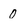
Character: 0